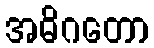
အဓိဂတော